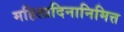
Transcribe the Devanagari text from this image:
महिलादिनानिमित्त